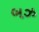
બઝ